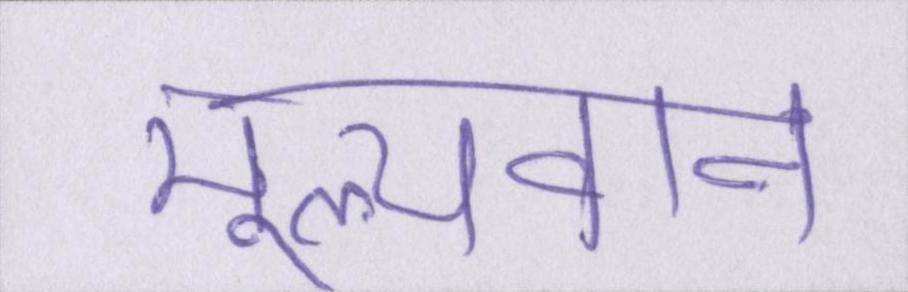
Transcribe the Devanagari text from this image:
मूल्यवान